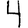
Digit: 4